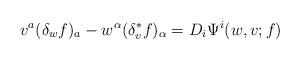
LaTeX: \begin{align*}v^a(\delta_w f)_a - w^\alpha(\delta^*_v f)_\alpha = D_i \Psi^i(w,v;f)\end{align*}